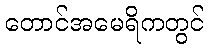
တောင်အမေရိကတွင်